Report on sanitation, dispensaries, and jails in Rajputana for 1920, and on vaccination for the year 1920-1921 - 1920-1921
Year: 1920
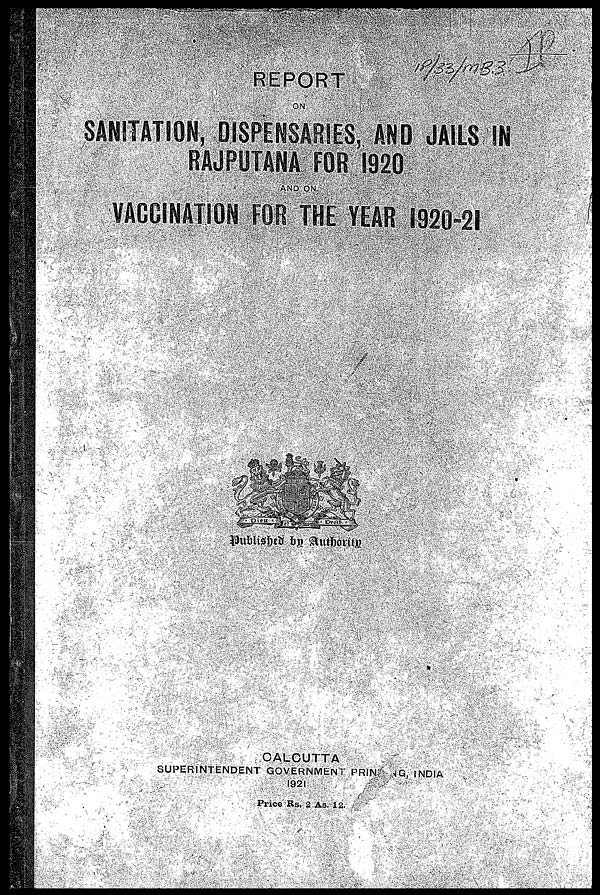
REPORT
ON
SANITATION, DISPENSARIES, AND JAILS
RAJPUTANA FOR 1920
AND ON
VACCINATION FOR THE YEAR 1920-21
Published by Authority
CALCUTTA
SUPERINTENDENT GOVERNMENT PRINTING, INDIA
1921
Price Rs. 2 As. 12.